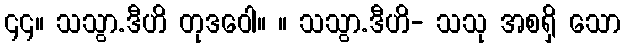
၄၄။ သသွာ.ဒီဟိ တုဒဝေါ။ ။ သသွာ.ဒီဟိ- သသု အစရှိ သော